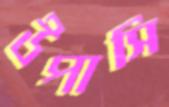
উপাসি